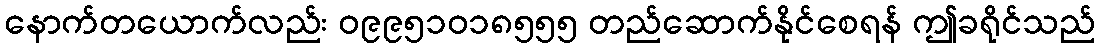
နောက်တယောက်လည်း ၀၉၉၅၁၀၁၈၅၅၅ တည်ဆောက်နိုင်စေရန် ဤခရိုင်သည်